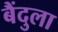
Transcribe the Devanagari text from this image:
बैंदुला